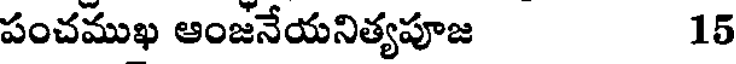
పంచముఖ ఆంజనేయనిత్యపూజ 15